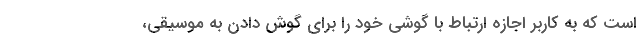
است که به کاربر اجازه ارتباط با گوشی خود را برای گوش دادن به موسیقی،